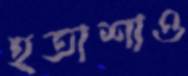
হতাশাও